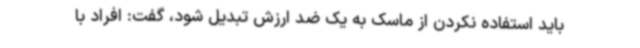
باید استفاده نکردن از ماسک به یک ضد ارزش تبدیل شود، گفت: افراد با